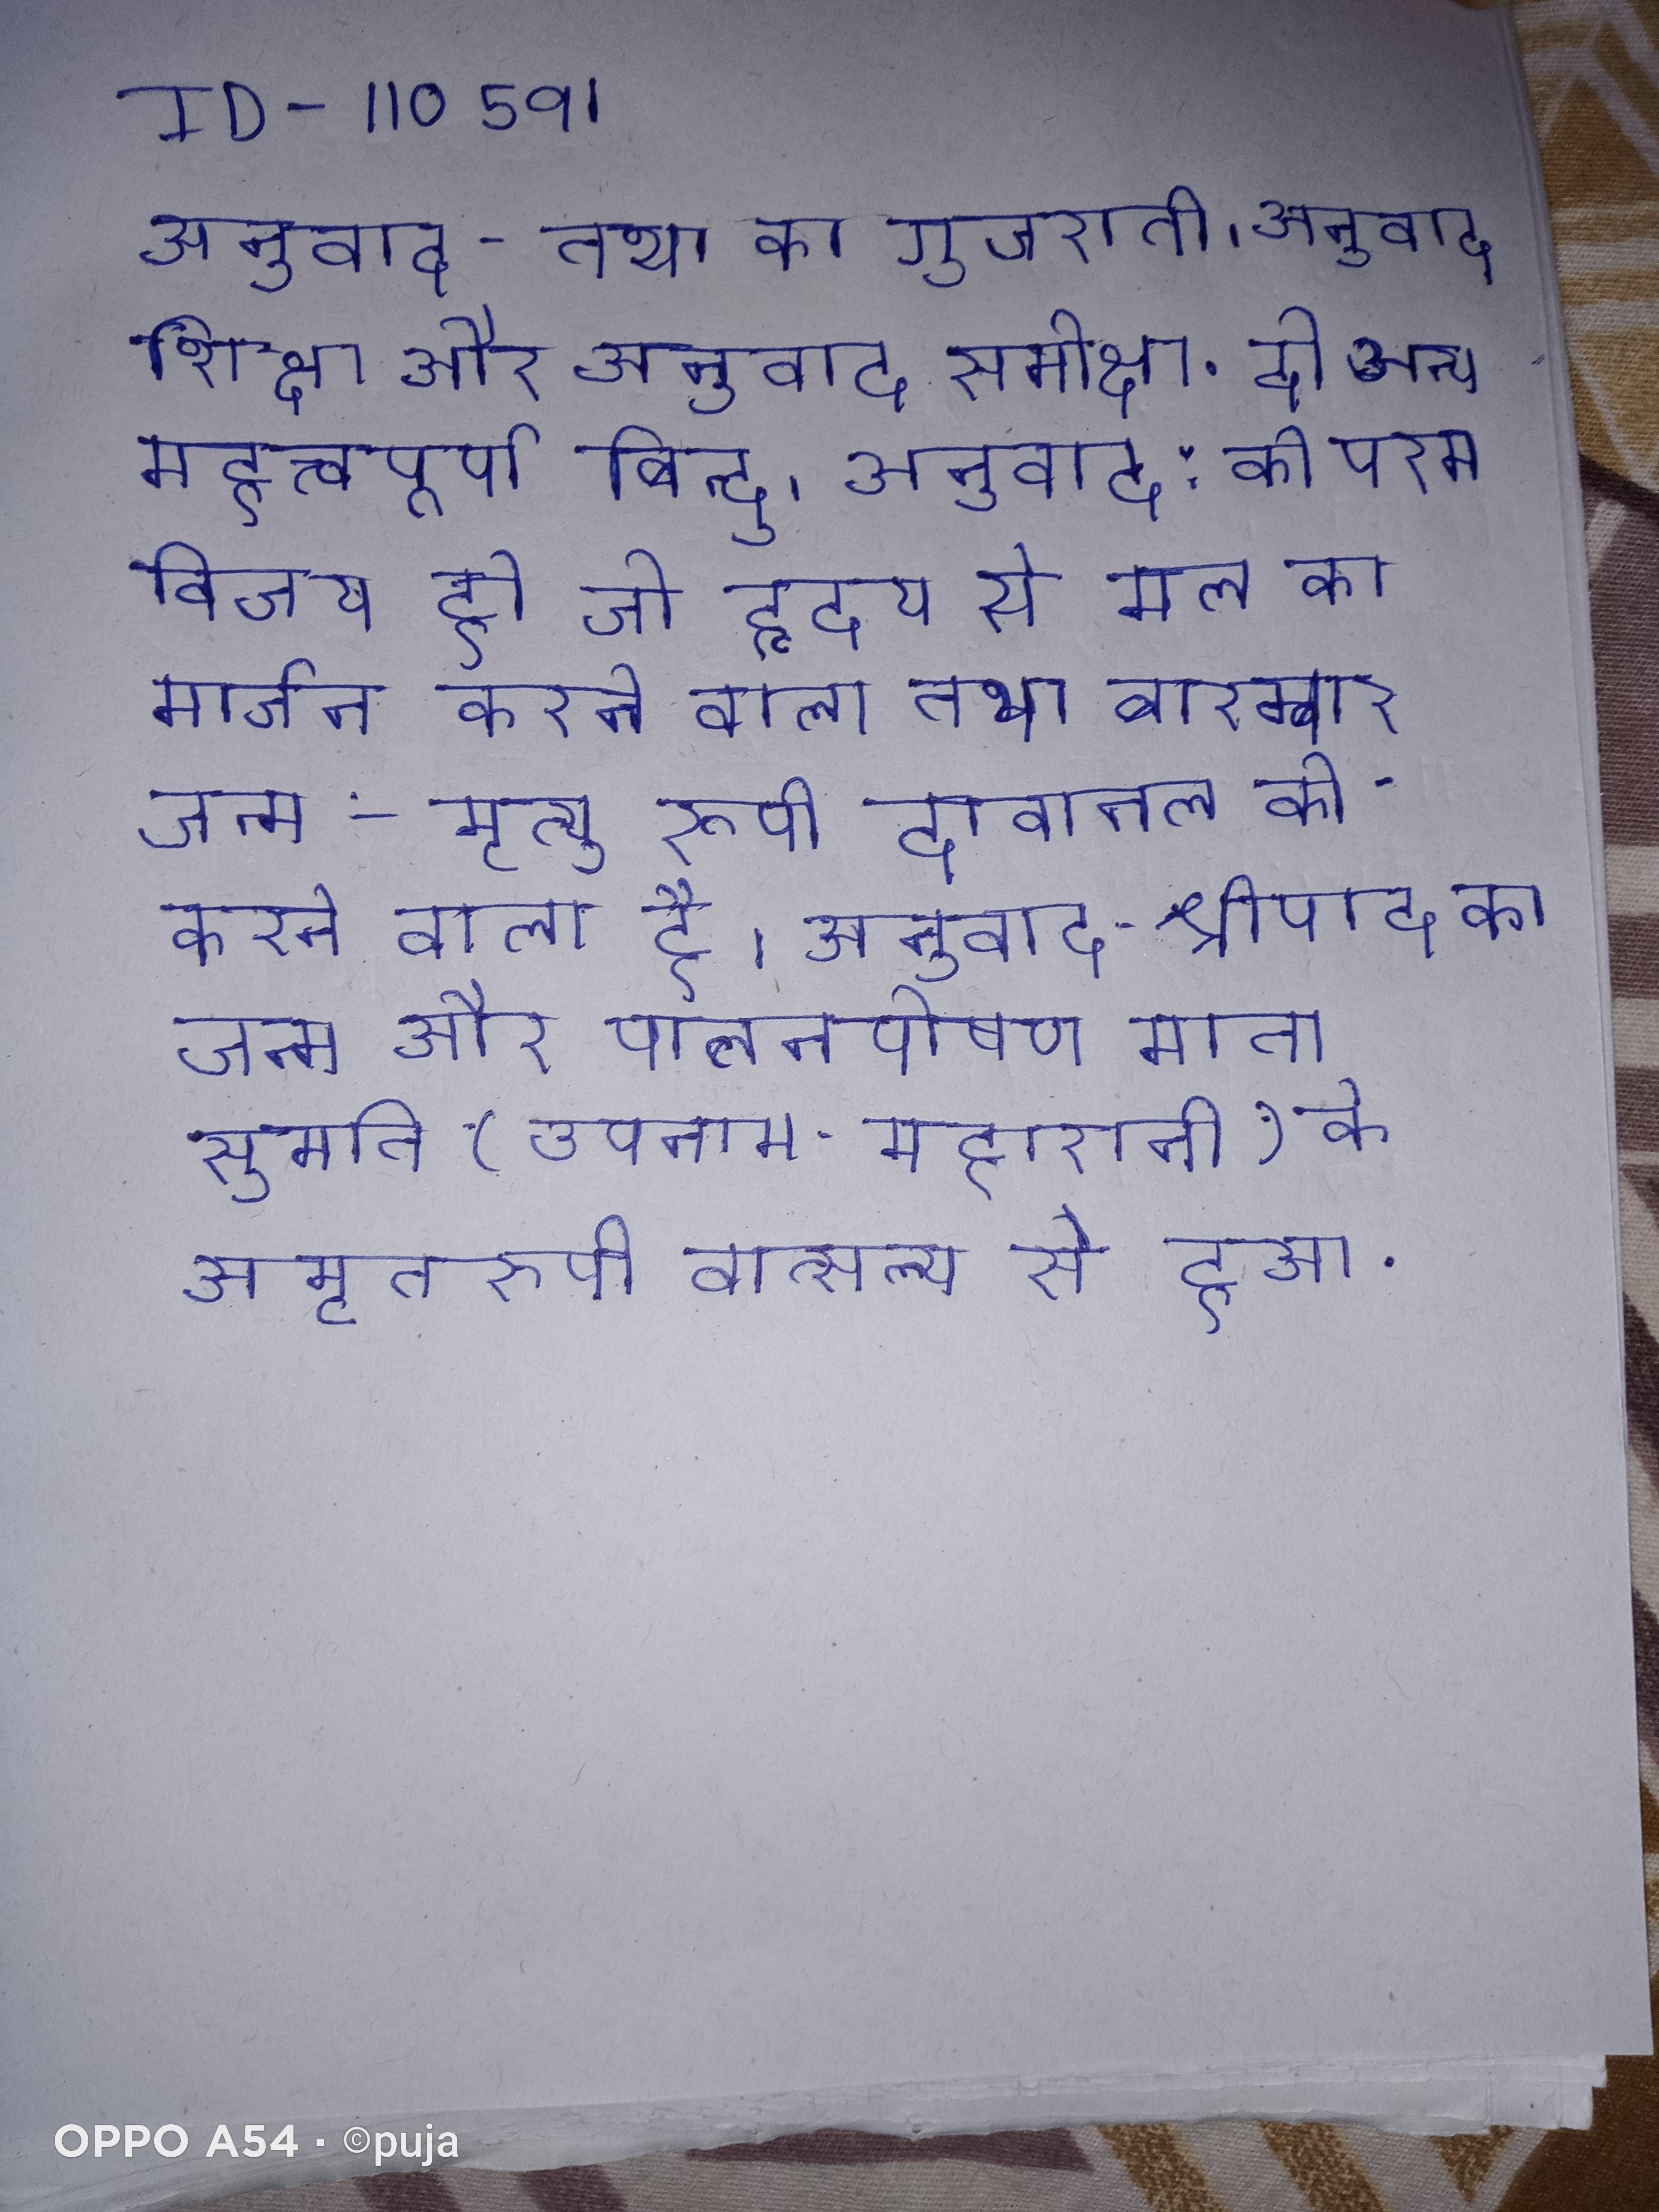
अनुवाद - तथा का गुजराती । अनुवाद शिक्षा और अनुवाद समीक्षा, दो अन्य महत्त्वपूर्ण बिन्दु । अनुवाद: की परम विजय हो जो हृदय से मल का मार्जन करने वाला तथा बारम्बार जन्म-मृत्यु रूपी दावानल को करने वाला है । अनुवाद- श्रीपाद का जन्म और पालनपोषण माता सुमति (उपनाम-महारानी) के अमृतरूपी वात्सल्य से हुआ .